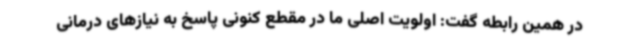
در همین رابطه گفت: اولویت اصلی ما در مقطع کنونی پاسخ به نیازهای درمانی